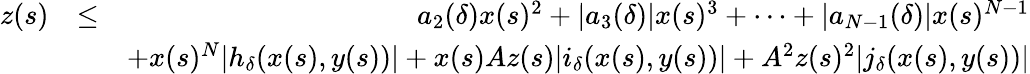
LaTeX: \begin{array}{rlr}{z(s)}&{\leq}&{a_{2}(\delta)x(s)^{2}+|a_{3}(\delta)|x(s)^{3}+\cdots+|a_{N-1}(\delta)|x(s)^{N-1}}\\ &{}&{+x(s)^{N}|h_{\delta}(x(s),y(s))|+x(s)Az(s)|i_{\delta}(x(s),y(s))|+A^{2}z(s)^{2}|j_{\delta}(x(s),y(s))|}\end{array}